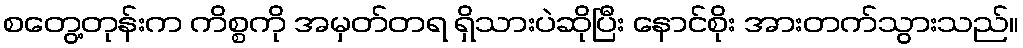
စတွေ့တုန်းက ကိစ္စကို အမှတ်တရ ရှိသားပဲဆိုပြီး နောင်စိုး အားတက်သွားသည်။